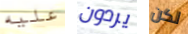
عليه يردون لكن